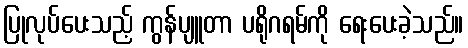
ပြုလုပ်ပေးသည့် ကွန်ပျူတာ ပရိုဂရမ်ကို ရေးပေးခဲ့သည်။